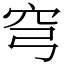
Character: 穹